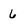
Character: 6